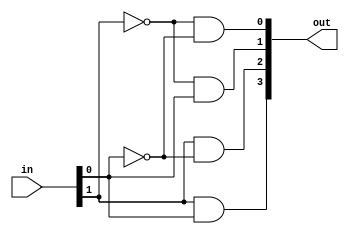
module generate_decoder (out, in); 
			input [1:0] in; 
         output  [3:0] out; 
			assign out[0] = (~ in[1] & ~in[0]);
			assign out[1] = (~ in[1] & in[0]);
			assign out[2] = ( in[1] & ~in[0]);
			assign out[3] = ( in[1] & in[0]);
endmodule